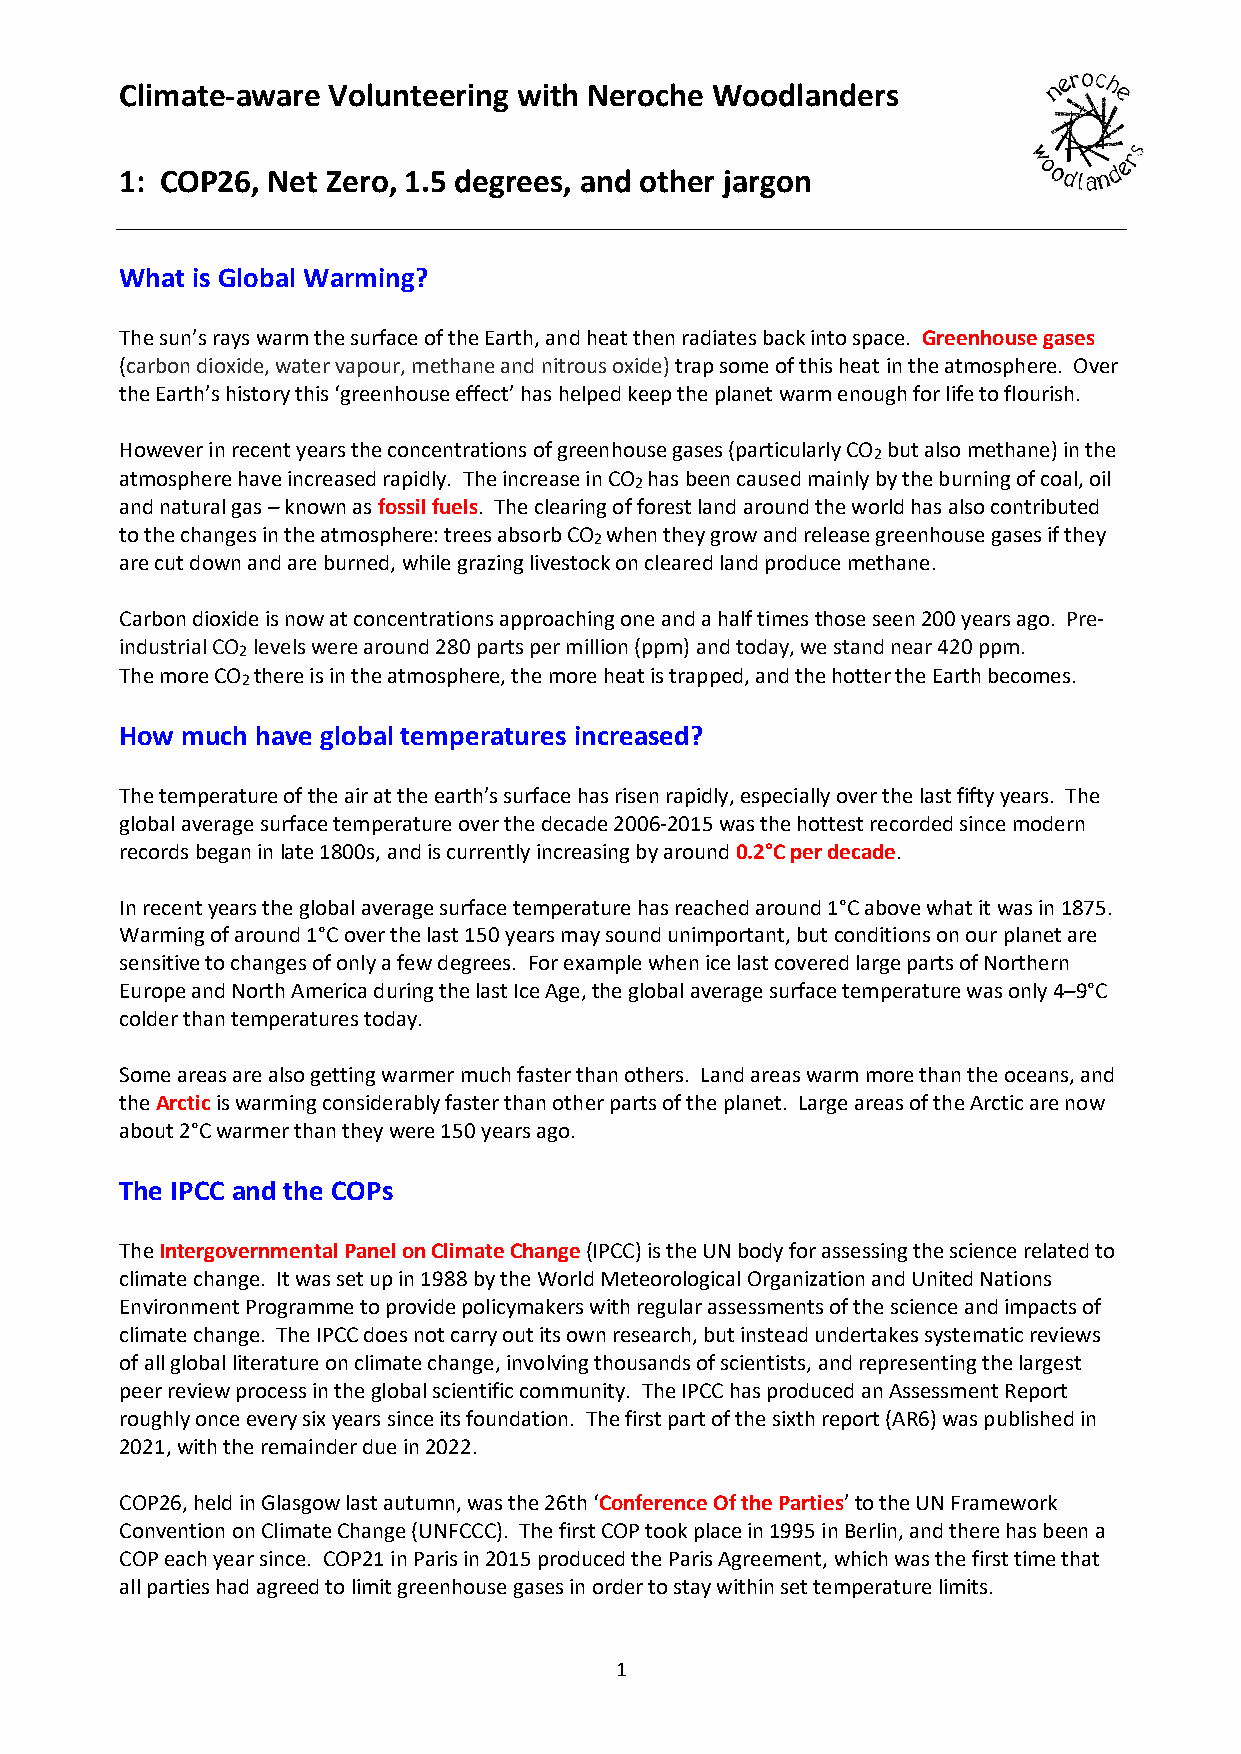
Climate-aware Volunteering with Neroche Woodlanders
 1: COP26, Net Zero, 1.5 degrees, and other jargon
 What is Global Warming?
 The sun’s rays warm the surface of the Earth, and heat then radiates back into space. Greenhouse gases
 (carbon dioxide, water vapour, methane and nitrous oxide) trap some of this heat in the atmosphere. Over
 the Earth’s history this ‘greenhouse effect’ has helped keep the planet warm enough for life to flourish.
 However in recent years the concentrations of greenhouse gases (particularly CO but also methane) in the
 2
 atmosphere have increased rapidly. The increase in CO has been caused mainly by the burning of coal, oil
 2
 and natural gas – known as fossil fuels. The clearing of forest land around the world has also contributed
 to the changes in the atmosphere: trees absorb CO when they grow and release greenhouse gases if they
 2
 are cut down and are burned, while grazing livestock on cleared land produce methane.
 Carbon dioxide is now at concentrations approaching one and a half times those seen 200 years ago. Pre-
 industrial CO levels were around 280 parts per million (ppm) and today, we stand near 420 ppm.
 2
 The more CO there is in the atmosphere, the more heat is trapped, and the hotter the Earth becomes.
 2
 How much have global temperatures increased?
 The temperature of the air at the earth’s surface has risen rapidly, especially over the last fifty years. The
 global average surface temperature over the decade 2006-2015 was the hottest recorded since modern
 records began in late 1800s, and is currently increasing by around 0.2°C per decade.
 In recent years the global average surface temperature has reached around 1°C above what it was in 1875.
 Warming of around 1°C over the last 150 years may sound unimportant, but conditions on our planet are
 sensitive to changes of only a few degrees. For example when ice last covered large parts of Northern
 Europe and North America during the last Ice Age, the global average surface temperature was only 4–9°C
 colder than temperatures today.
 Some areas are also getting warmer much faster than others. Land areas warm more than the oceans, and
 the Arctic is warming considerably faster than other parts of the planet. Large areas of the Arctic are now
 about 2°C warmer than they were 150 years ago.
 The IPCC and the COPs
 The Intergovernmental Panel on Climate Change (IPCC) is the UN body for assessing the science related to
 climate change. It was set up in 1988 by the World Meteorological Organization and United Nations
 Environment Programme to provide policymakers with regular assessments of the science and impacts of
 climate change. The IPCC does not carry out its own research, but instead undertakes systematic reviews
 of all global literature on climate change, involving thousands of scientists, and representing the largest
 peer review process in the global scientific community. The IPCC has produced an Assessment Report
 roughly once every six years since its foundation. The first part of the sixth report (AR6) was published in
 2021, with the remainder due in 2022.
 COP26, held in Glasgow last autumn, was the 26th ‘Conference Of the Parties’ to the UN Framework
 Convention on Climate Change (UNFCCC). The first COP took place in 1995 in Berlin, and there has been a
 COP each year since. COP21 in Paris in 2015 produced the Paris Agreement, which was the first time that
 all parties had agreed to limit greenhouse gases in order to stay within set temperature limits.
 1